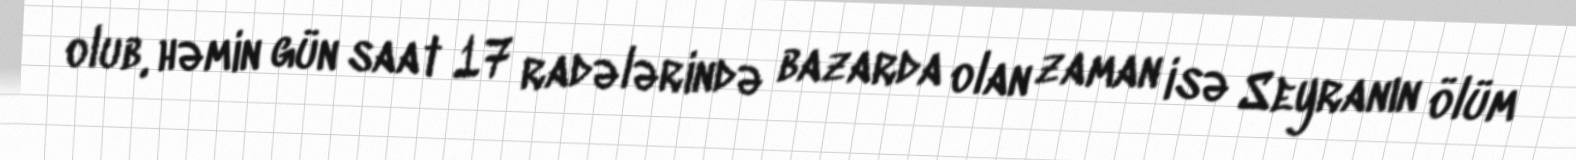
olub, həmin gün saat 17 radələrində bazarda olan zaman isə Seyranın ölüm